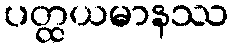
ပတ္ထယမာနဿ